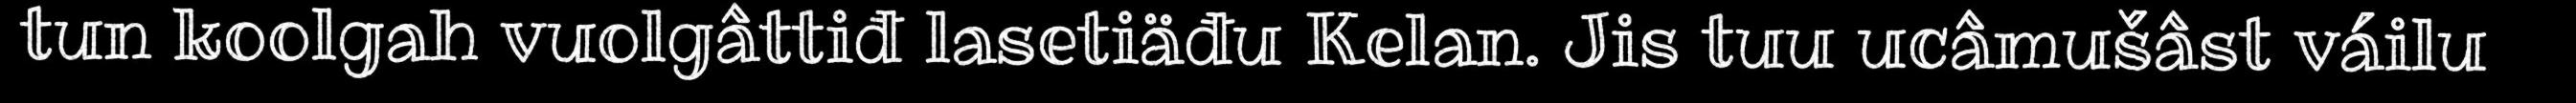
tun koolgah vuolgâttiđ lasetiäđu Kelan. Jis tuu ucâmušâst váilu